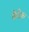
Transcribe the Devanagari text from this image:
चेचेक